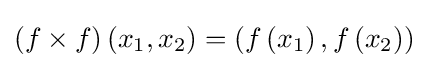
(f\times f)\left(x_{1},x_{2}\right)=\left(f\left(x_{1}\right),f\left(x_{2}\right)\right)